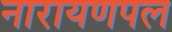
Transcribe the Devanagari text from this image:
नारायणपल